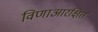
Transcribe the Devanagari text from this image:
विणाआरक्षित